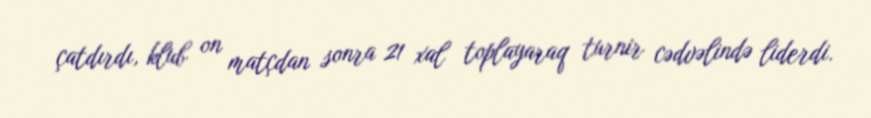
çatdırdı, klub on matçdan sonra 21 xal toplayaraq turnir cədvəlində liderdi.